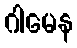
ဂါမေန